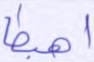
اهبطا